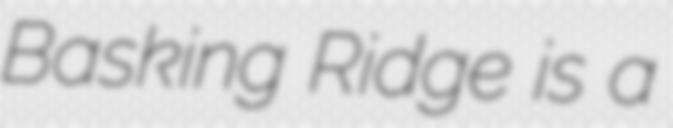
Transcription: Basking Ridge is a